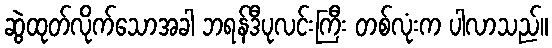
ဆွဲထုတ်လိုက်သောအခါ ဘရန်ဒီပုလင်းကြီး တစ်လုံးက ပါလာသည်။